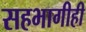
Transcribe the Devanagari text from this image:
सहभागीही